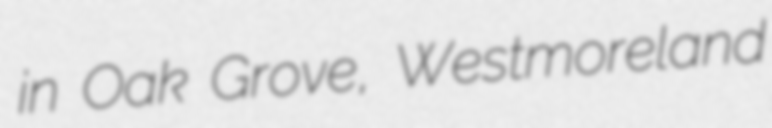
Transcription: in Oak Grove, Westmoreland